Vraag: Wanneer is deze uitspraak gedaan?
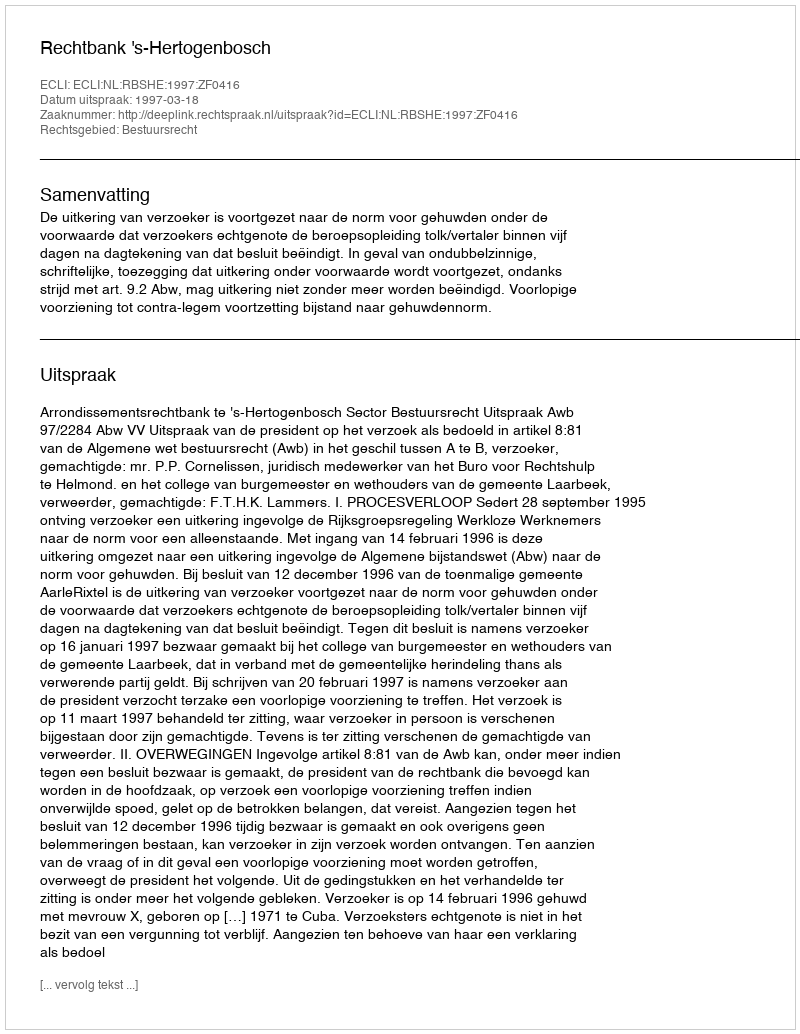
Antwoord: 1997-03-18